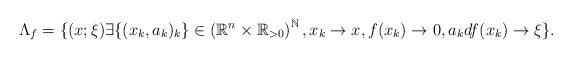
LaTeX: \begin{align*}\Lambda_f=\{ (x;\xi) \exists \{(x_k,a_k)_k\}\in \left(\mathbb{R}^n\times \mathbb{R}_{>0}\right)^{\mathbb{N}} ,x_k\rightarrow x, f(x_k)\rightarrow 0, a_kdf(x_k)\rightarrow\xi \}.\end{align*}